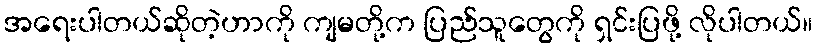
အရေးပါတယ်ဆိုတဲ့ဟာကို ကျမတို့က ပြည်သူတွေကို ရှင်းပြဖို့ လိုပါတယ်။